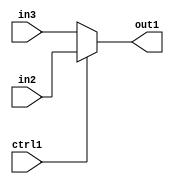
`timescale 1ps / 1ps
/*****************************************************************************
    Verilog RTL Description
    
    
    Created by: Stratus DpOpt 2019.1.01 
*******************************************************************************/

module GaussFilter_N_Mux_32_2_3_4 (
	in3,
	in2,
	ctrl1,
	out1
	); /* architecture "behavioural" */ 
input [31:0] in3,
	in2;
input  ctrl1;
output [31:0] out1;
wire [31:0] asc001;

reg [31:0] asc001_tmp_0;
assign asc001 = asc001_tmp_0;
always @ (ctrl1 or in2 or in3) begin
	case (ctrl1)
		1'B1 : asc001_tmp_0 = in2 ;
		default : asc001_tmp_0 = in3 ;
	endcase
end

assign out1 = asc001;
endmodule

/* CADENCE  uLPzTw4= : u9/ySgnWtBlWxVPRXgAZ4Og= ** DO NOT EDIT THIS LINE ******/